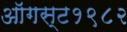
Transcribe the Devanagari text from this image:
ऑगस्ट१९८२